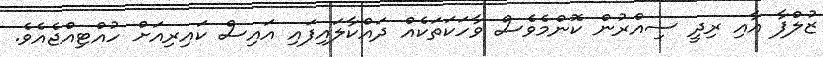
ޒުލްފާ އާއި ރިދީ ސިއްރުން ކޮންމެވެސް ވާހަކަތަކެއް ދައްކާލައިފައި އައިސް ކައިރިއަށް ހުއްޓިއްޖެއެވެ.